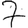
Digit: 7